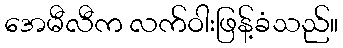
အေမီလီက လက်ဝါးဖြန့်ခံသည်။